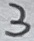
Text: 3